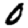
Digit: 0